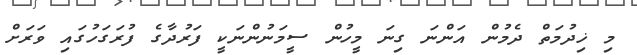
މި ޚިދުމަތް ދެމުން އަންނަ ގިނަ މީހުން ސީމަނުންނަކީ ފަރުދާގެ ފުރަގަހުގައި ވަރަށް